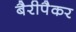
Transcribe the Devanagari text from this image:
बैरीपैकर